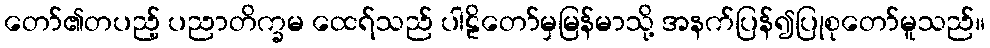
တော်၏တပည့် ပညာတိက္ခမ ထေရ်သည် ပါဠိတော်မှမြန်မာသို့ အနက်ပြန်၍ပြုစုတော်မူသည်။